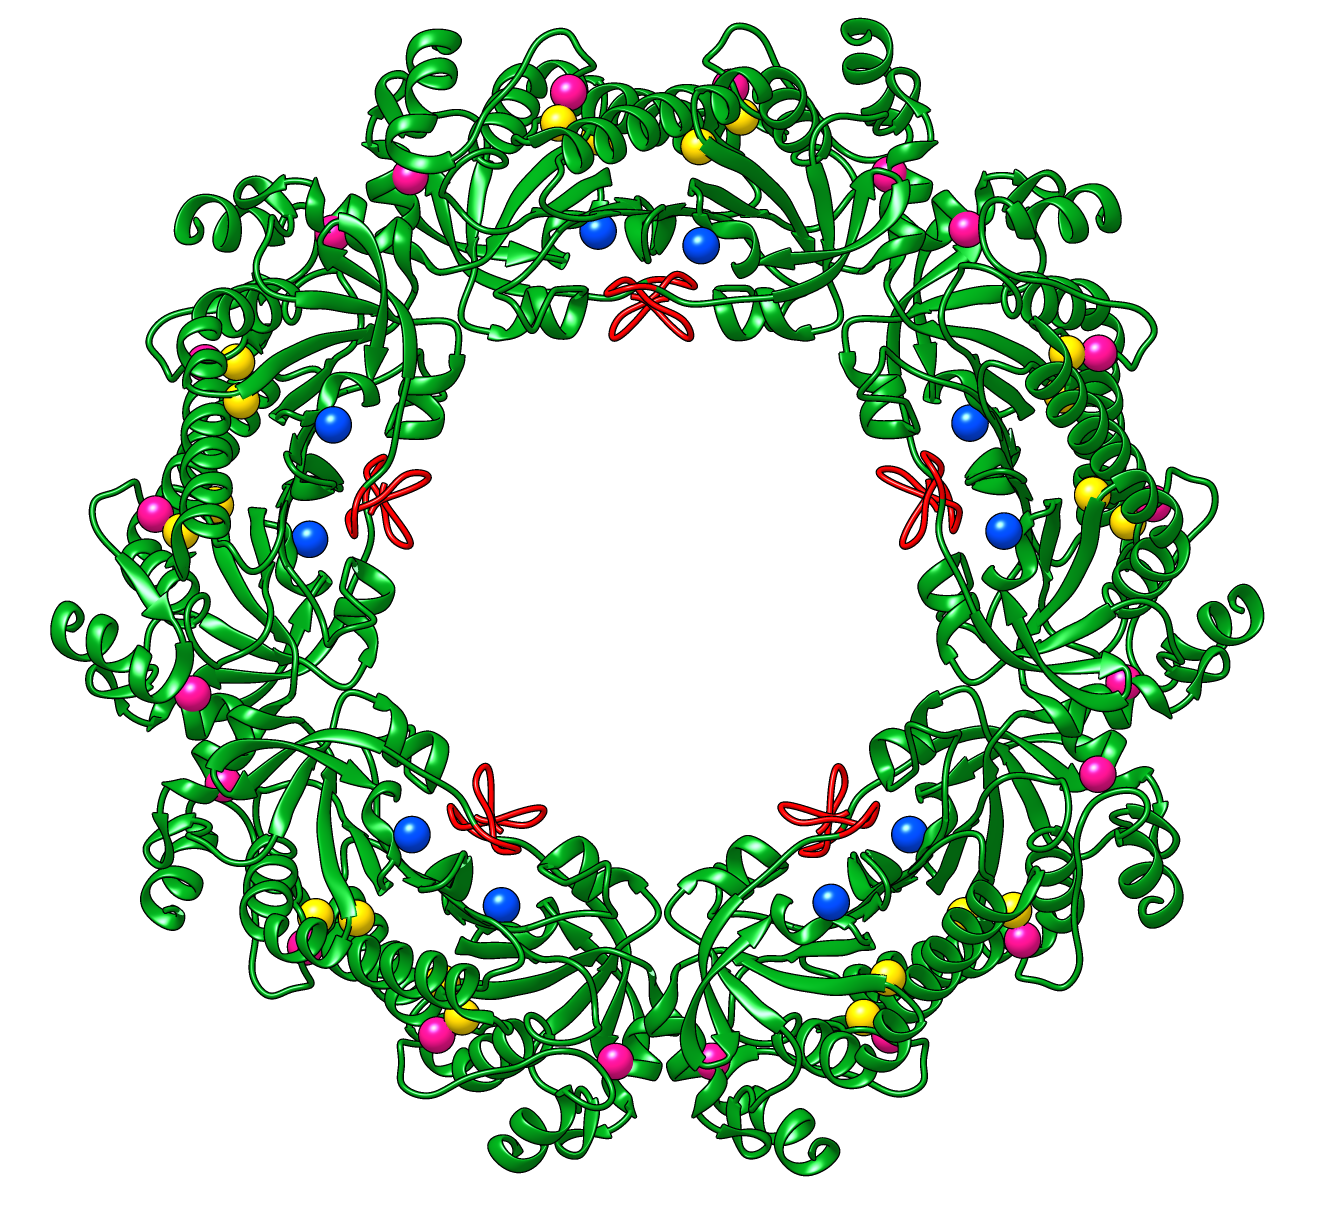
chimera, ribbons